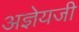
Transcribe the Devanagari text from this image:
अज्ञेयजी